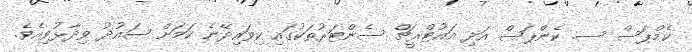
ކެމްޕަސް ސ. ކެންޕަސް އަދި އައުޓްރީޗް ސެންޓަރުތަކުގައި ކިވައިދޭނެ ކަމަށް ސައުދު ވިދާޅުވިއެވެ.